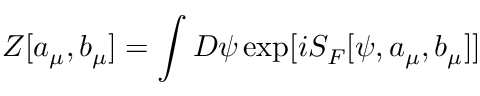
Z [ a _ { \mu } , b _ { \mu } ] = \int D \psi \exp [ i S _ { F } [ \psi , a _ { \mu } , b _ { \mu } ] ]